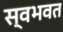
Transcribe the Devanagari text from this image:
स्वभवत